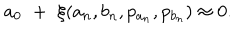
a _ { 0 } \, \, + \, \, \xi ( a _ { n } , b _ { n } , p _ { a _ { n } } , p _ { b _ { n } } ) \approx 0 .